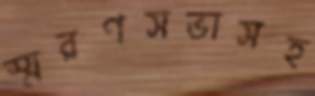
স্মরণসভাসহ